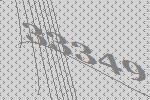
33349